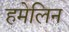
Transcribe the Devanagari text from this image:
हमेलिन